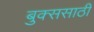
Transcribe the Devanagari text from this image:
बुक्ससाठी